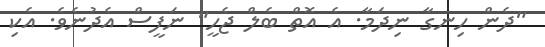
"ދެން ހިނގާ ނިދަމާ. އެ އޮތް ބެލް ޖެހީ" ނަފީސް އެދުނެވެ. އެކި